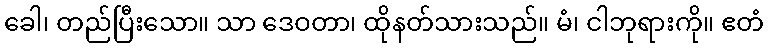
ခေါ၊ တည်ပြီးသော။ သာ ဒေဝတာ၊ ထိုနတ်သားသည်။ မံ၊ ငါဘုရားကို။ ဧတံ